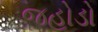
જહોડો